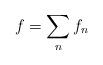
LaTeX: \begin{align*}f=\sum_{n}f_n\end{align*}